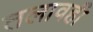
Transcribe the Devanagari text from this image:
तलावही